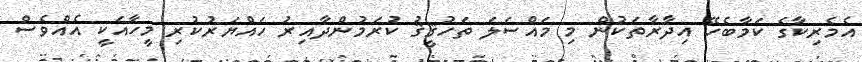
އެމެރިކާގެ ކަމާބެހޭ އިދާރާތަކުން މި މައްސަލަ ތަހުޤީޤު ކުރަމުންދާއިރު ހައްޔަރުކުރި މީހާއަކީ އެއްވެސް